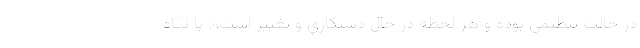
در حالت تنظيمي بوده و هر لحظه در حال دستكاري و تغيير است». با نگاه